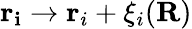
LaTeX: \mathbf{r_{i}}\rightarrow\mathbf{r}_{i}+\xi_{i}(\mathbf{R})